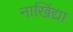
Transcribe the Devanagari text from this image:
नाखिंद्या